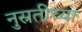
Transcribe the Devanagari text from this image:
नुस्रतीच्या